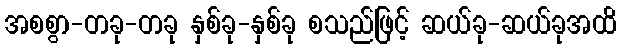
အစစွာ-တခု-တခု နှစ်ခု-နှစ်ခု စသည်ဖြင့် ဆယ်ခု-ဆယ်ခုအထိ